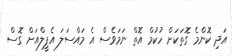
އަދި ކޮންމެ ގޮތަކަށް ހުކުމް އޮތް ނަމަވެސް އެ މައްސަލަ އެޕީލްއަށް ގޮސް